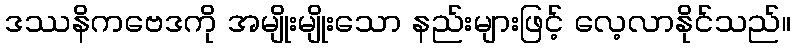
ဒဿနိကဗေဒကို အမျိုးမျိုးသော နည်းများဖြင့် လေ့လာနိုင်သည်။